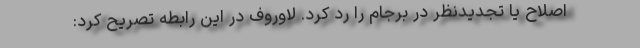
اصلاح یا تجدیدنظر در برجام را رد کرد. لاوروف در این رابطه تصریح کرد: